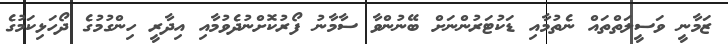
ޒަމާނީ ވަސީލަތްތައް ނެތުމާއި ޑަކުޓަރުންނަށް ބޭނުންވާ ސާމާނު ފޯރުކޮށްނުދެވުމާއި އިދާރީ ހިންގުމުގެ ދޯހަޅިކަމުގެ